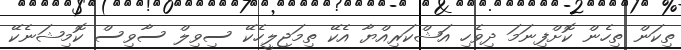
ތިކަން ތިހެން ކޮށްފިނަމަ ދިވެހި އަޝްކަރިއްޔާ އެކޭ ތިމަޖިލީހެކޭ ސިވިލް ސާވިސް ކޮމިޝަނެކޭ